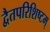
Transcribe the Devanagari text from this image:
द्वैतपरिशिष्टम्